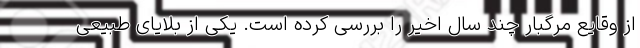
از وقایع مرگبار چند سال اخیر را بررسی کرده است. یکی از بلایای طبیعی